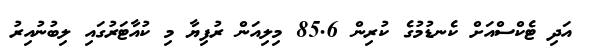
އަދި ޓެކްސްއަށް ކެނޑުމުގެ ކުރިން 85.6 މިލިއަން ރުފިޔާ މި ކުއާޓަރުގައި ލިބުނުއިރު